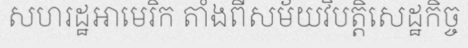
សហរដ្ឋអាមេរិក តាំងពីសម័យវិបត្តិសេដ្ឋកិច្ច